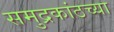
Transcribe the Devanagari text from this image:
समुद्रकांठच्या